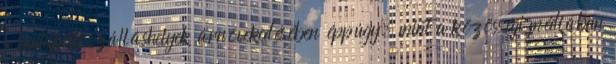
a budapesti szálláshelyek árnövekedésében éppúgy, mint a közösségi médiában